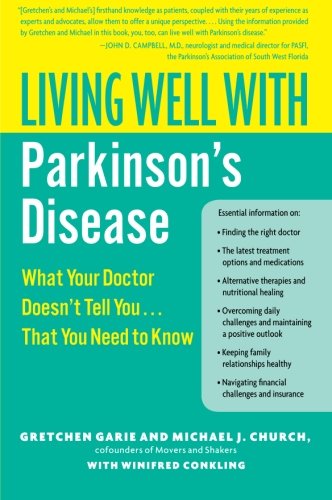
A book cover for Living Well with Parkinson's Disease: What Your Doctor Doesn't Tell You....That You Need to Know (Living Well (Collins)); Gretchen Garie; Health, Fitness & Dieting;